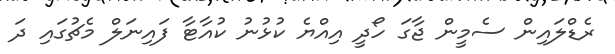
ރެޑްލައިން ސެމީން ޖާގަ ހޯދީ އިއްޔެ ކުޅުނު ކުއާޓާ ފައިނަލް މެޗުގައި ދަ